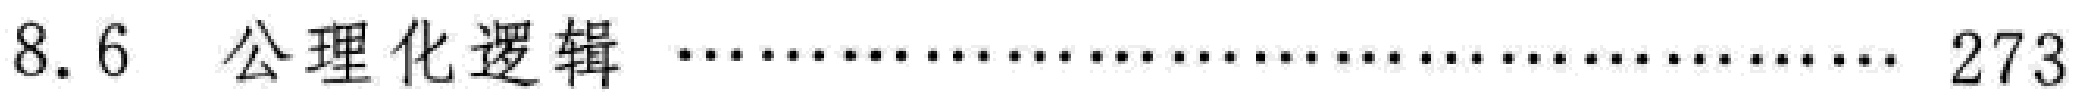
8.6  公理化逻辑  \dotfill 273